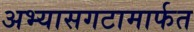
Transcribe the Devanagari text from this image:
अभ्यासगटामार्फत